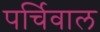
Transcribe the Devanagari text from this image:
पर्चिवाल